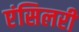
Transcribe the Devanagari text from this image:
एंसिलरी